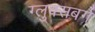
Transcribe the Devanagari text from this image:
ग्लुक्सबर्ग